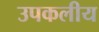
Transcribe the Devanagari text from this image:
उपकलीय